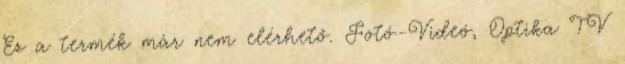
Ez a termék már nem elérhető. Fotó-Videó, Optika TV